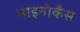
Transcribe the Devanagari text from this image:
माइनोर्कंस